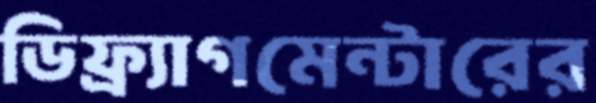
ডিফ্র্যাগমেন্টারের